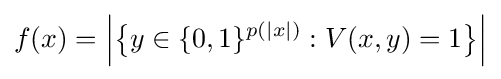
f(x)={\Big |}{\big \{}y\in \{0,1\}^{p(|x|)}:V(x,y)=1{\big \}}{\Big |}